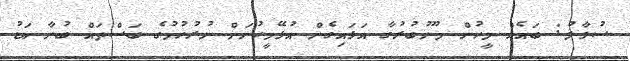
ސުވާލު: ބައެއް މީހުން މޫނުބުރުގާ އަޅައިގެން އުޅޭމީހުނަށް ނުރުހުމުގެ ބަސްތައް ބުނާ އަޑު